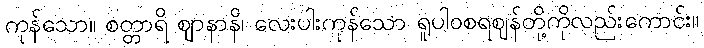
ကုန်သော။ စတ္တာရိ ဈာနာနိ၊ လေးပါးကုန်သော ရူပါဝစရဈန်တို့ကိုလည်းကောင်း။